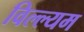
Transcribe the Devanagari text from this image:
विल्ल्यम